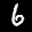
Label: 6